Tezpur Lunatic Asylum reports 1895-1904 - 1895-1904
Year: 1895
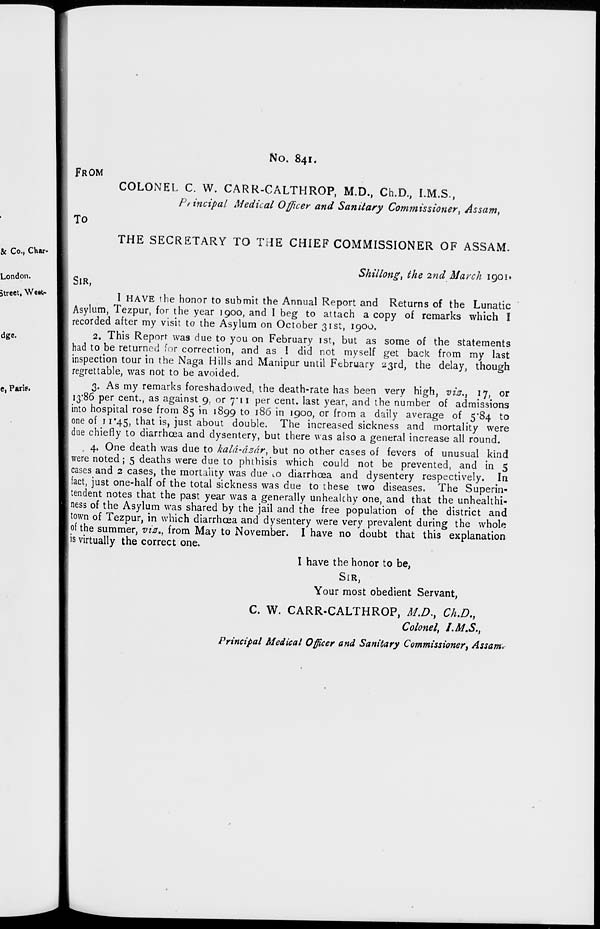
FROM
To
No. 841.
COLONEL C. W. CARR-CALTHROP, M.D., Ch.D., I.M.S.,
Principal Medical Officer and Sanitary Commissioner\ Assam,
THE SECRETARY TO THE CHIEF COMMISSIONER OF ASSAM.
Shillong, the 2nd March 1901*
SIR,
I HAVE the honor to submit the Annual Report and Returns of the Lunatic
Asylum, Tezpur, for the year 1900, and I beg to attach a copy of remarks which I
recorded after my visit to the Asylum on October 31st, 1900.
2. This Report was due to you on February 1st, but as some of the statements
had to be returned for correction, and as I did not myself get back from my last
inspection tour in the Naga Hills and Manipur until February 23rd, the delay, though
regrettable, was not to be avoided.
3. As my remarks foreshadowed, the death-rate has been very high, viz., 17, or
13:86 per cent., as against 9, or 7*11 per cent, last year, and the number of admissions
into hospital rose from 85 in 1899 to 186 in 1900, or from a daily average of 5*84 to
one of 11*45, that is, just about double. The increased sickness and mortality were
due chiefly to diarrhoea and dysentery, but there was also a general increase all round.
4. One death was due to kald-dzdr, but no other cases of fevers of unusual kind
were noted; 5 deaths were due to phthisis which could not be prevented, and in 5
cases and 2 cases, the mortality was due L o diarrhoea and dysentery respectively. In
fact, just one-half of the total sickness was due to these two diseases. The Superin-
tendent notes that the past year was a generally unhealchy one, and that the unhealthi-
jness of the Asylum was shared by the jail and the free population of the district and
town of Tezpur, in which diarrhoea and dysentery were very prevalent during the whole
of the summer, viz,, from May to November. I have no doubt that this explanation
[is virtually the correct one.
I have the honor to be,
SIR,
Your most obedient Servant,
C. W. CARR-CALTHROP, M.D., Ch.D. t
Colonel, /.M.S.,
Principal Medical Officer and Sanitary Commissioner', Assam>